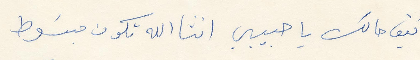
كيف حالك يا حبيبي انشالله تكون مبسوط